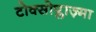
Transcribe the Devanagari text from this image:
टोक्सोप्लाज़्मा